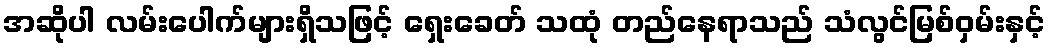
အဆိုပါ လမ်းပေါက်များရှိသဖြင့် ရှေးခေတ် သထုံ တည်နေရာသည် သံလွင်မြစ်ဝှမ်းနှင့်